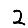
Digit: 2